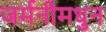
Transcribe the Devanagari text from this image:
जर्मनीमधुन